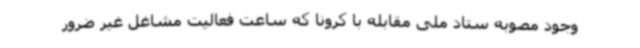
وجود مصوبه ستاد ملی مقابله با کرونا که ساعت فعالیت مشاغل غیر ضرور